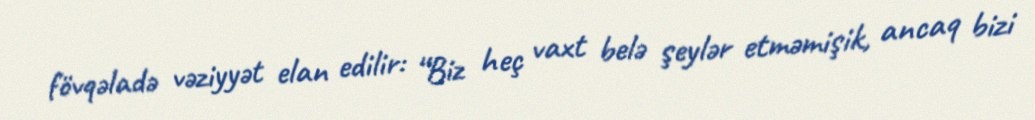
fövqəladə vəziyyət elan edilir: “Biz heç vaxt belə şeylər etməmişik, ancaq bizi